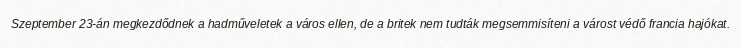
Szeptember 23-án megkezdődnek a hadműveletek a város ellen, de a britek nem tudták megsemmisíteni a várost védő francia hajókat.